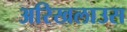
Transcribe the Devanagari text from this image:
अरिखलाउस